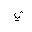
Letter: _ya